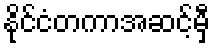
နိုင်ငံတကာအဆင့်မှီ